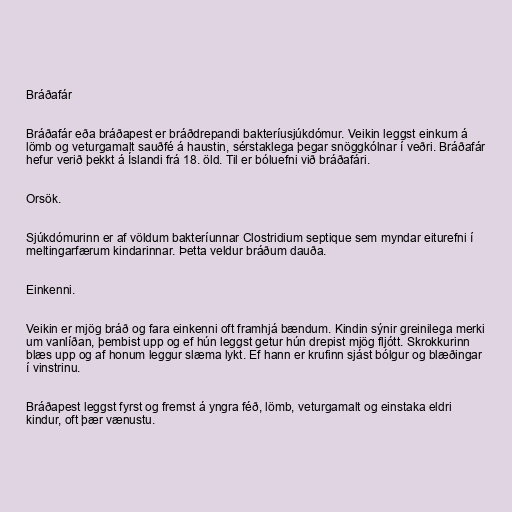
Bráðafár

Bráðafár eða bráðapest er bráðdrepandi bakteríusjúkdómur. Veikin leggst einkum á
lömb og veturgamalt sauðfé á haustin, sérstaklega þegar snöggkólnar í veðri. Bráðafár
hefur verið þekkt á Íslandi frá 18. öld. Til er bóluefni við bráðafári.

Orsök.

Sjúkdómurinn er af völdum bakteríunnar Clostridium septique sem myndar eiturefni í
meltingarfærum kindarinnar. Þetta veldur bráðum dauða.

Einkenni.

Veikin er mjög bráð og fara einkenni oft framhjá bændum. Kindin sýnir greinilega merki
um vanlíðan, þembist upp og ef hún leggst getur hún drepist mjög fljótt. Skrokkurinn
blæs upp og af honum leggur slæma lykt. Ef hann er krufinn sjást bólgur og blæðingar
í vinstrinu.

Bráðapest leggst fyrst og fremst á yngra féð, lömb, veturgamalt og einstaka eldri
kindur, oft þær vænustu.